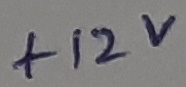
Text: +12V